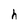
Character: h